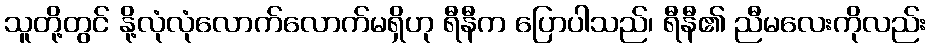
သူတို့တွင် နို့လုံလုံလောက်လောက်မရှိဟု ရီနီက ပြောပါသည်၊ ရီနီ၏ ညီမလေးကိုလည်း